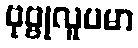
ဗုဗ္ဗုလူပမာ